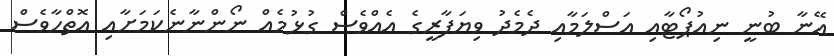
އޭނާ ބުނީ ނިއުޕޯޓާއި އަސްލަމާއި ދެމެދު ވިޔަފާރީގެ އެއްވެސް ގުޅުމެއް ނޯންނާނެކަމަށާއި އޮތްހާވެސް